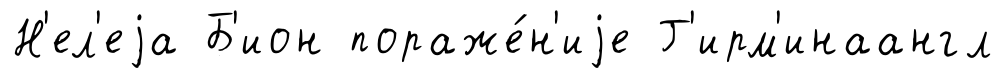
Н'ел'еjа Б'ион пораже́н'иjе Г'ирм'инаангл